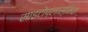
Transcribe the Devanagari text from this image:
साइटोप्लास्मिक